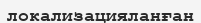
локализацияланған